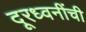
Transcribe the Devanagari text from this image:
दूरध्वनींची